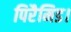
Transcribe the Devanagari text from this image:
पिरैमिड।